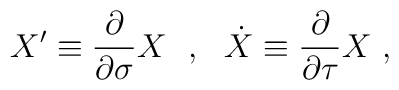
X' \equiv \frac{\partial}{\partial \sigma} X \ \ , \ \ \dot{X}  \equiv \frac{\partial}{\partial \tau} X \ ,